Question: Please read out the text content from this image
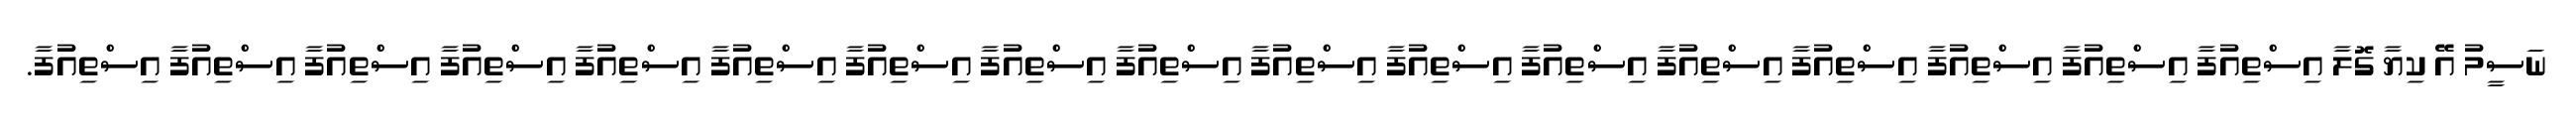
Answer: ނަސީމު އޭ ކިޔާ ގޮލާ އިސްތިއުފާ އިސްތިއުފާ އިސްތިއުފާ އިސްތިއުފާ އިސްތިއުފާ އިސްތިއުފާ އިސްތިއުފާ އިސްތިއުފާ އިސްތިއުފާ އިސްތިއުފާ އިސްތިއުފާ އިސްތިއުފާ އިސްތިއުފާ އިސްތިއުފާ އިސްތިއުފާ އިސްތިއުފާ އިސްތިއުފާ.